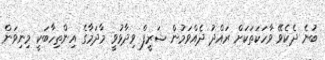
ބުނެ ދެކެވޭ ވާހަކަތަކަށް ރައްދު ދެއްވަމުން ޝަރީފް ވިދާޅުވީ މާދަމާގެ އިންތިހާބަކީ މިނިވަން